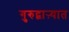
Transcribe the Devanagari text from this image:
गुरुद्वाऱ्यात